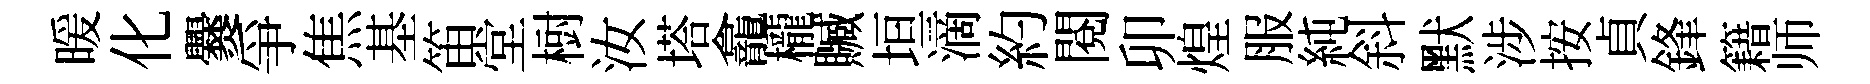
暖化爨爭焦基笛堂𣗳汝塔龕櫳贓垣滴約閲卯煌服純斜默涉按貞鋒籍师